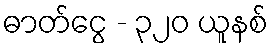
ဓာတ်ငွေ - ၃၂၀ ယူနစ်